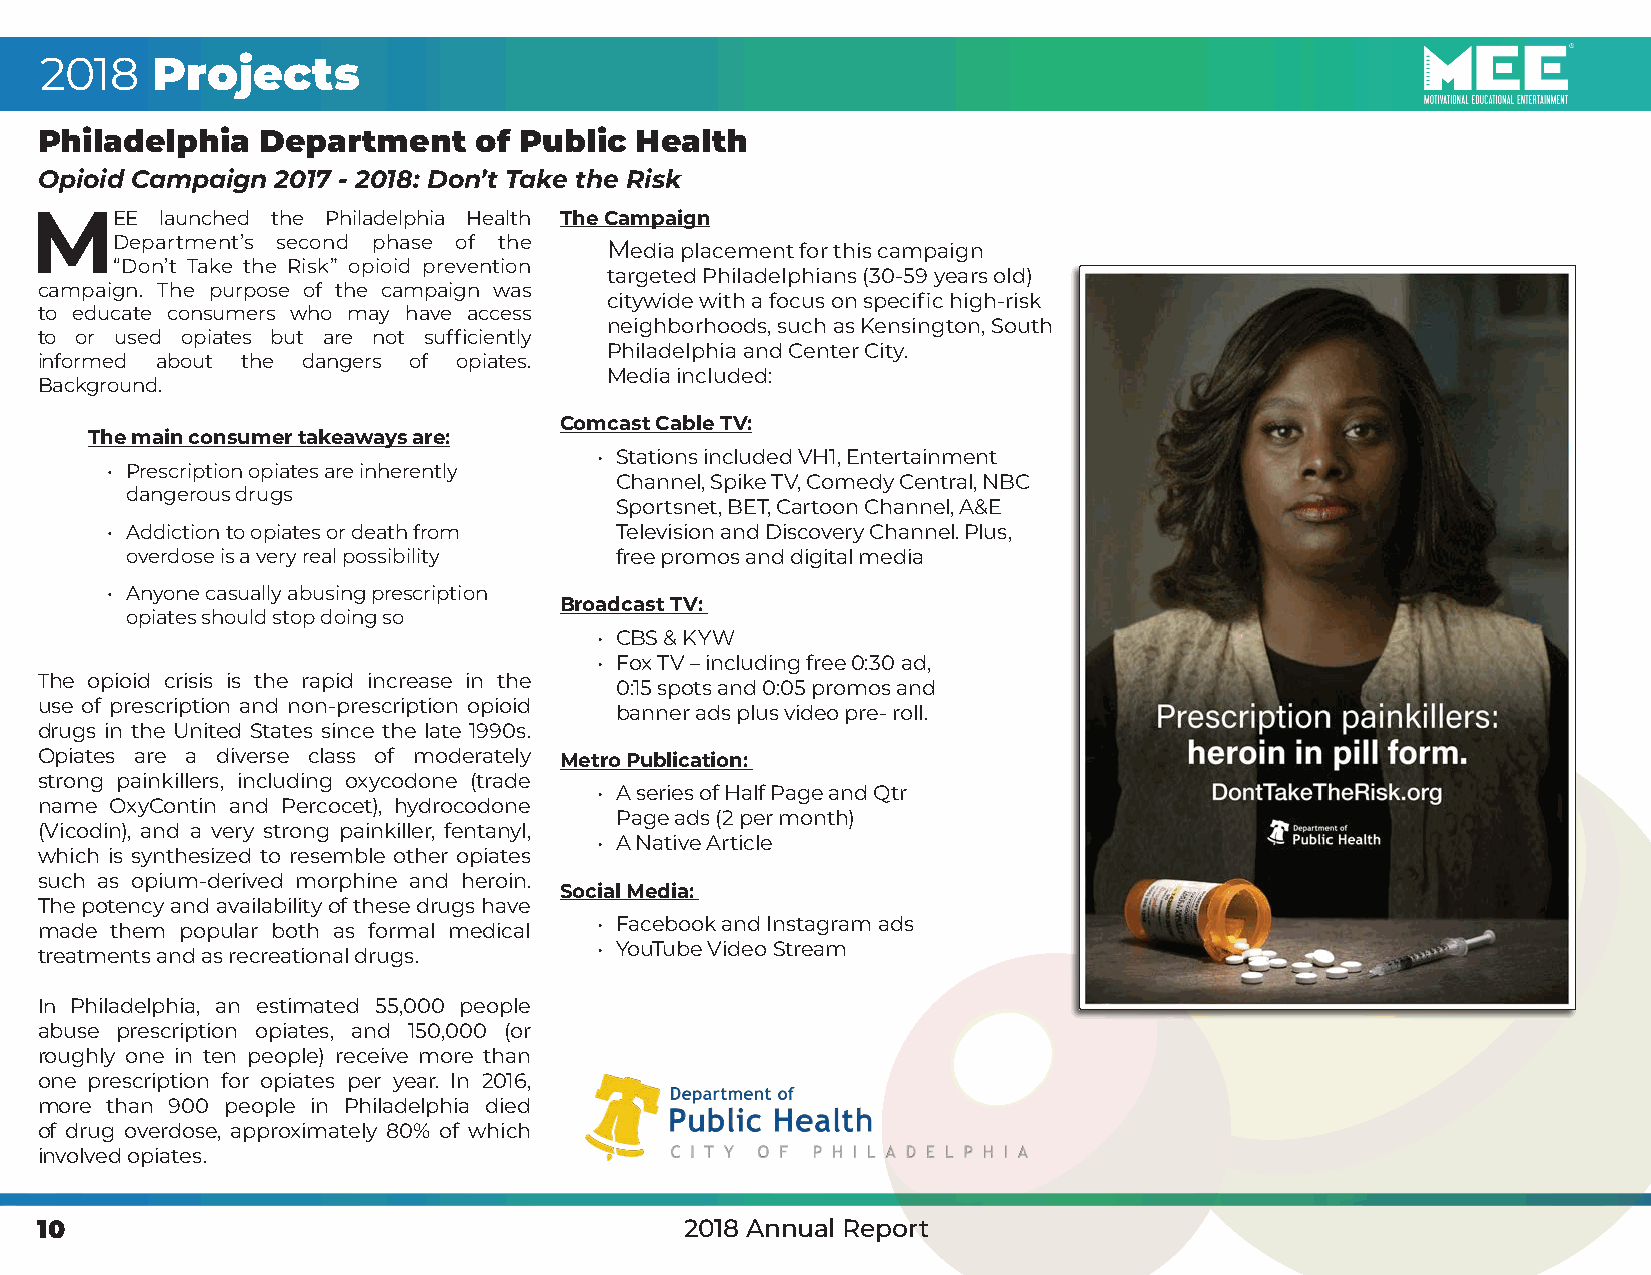
2018   Projects
 Philadelphia   Department    of Public  Health
 Opioid Campaign 2017 - 2018: Don’t Take the Risk
 MEE      launched the Philadelphia Health The Campaign
 Department’s second phase of the Media placement for this campaign
 “Don’t Take the Risk” opioid prevention
 targeted Philadelphians (30-59 years old)
 campaign. The purpose of the campaign was
 citywide with a focus on specific high-risk
 to educate consumers who may have access
 neighborhoods, such as Kensington, South
 to or used opiates but are not sufficiently
 Philadelphia and Center City.
 informed about the dangers of opiates.
 Media included:
 Background.
 Comcast Cable TV:
 The main consumer takeaways are:
 • Stations included VH1, Entertainment
 • Prescription opiates are inherently
 Channel, Spike TV, Comedy Central, NBC
 dangerous drugs
 Sportsnet, BET, Cartoon Channel, A&E
 • Addiction to opiates or death from Television and Discovery Channel. Plus,
 overdose is a very real possibility free promos and digital media
 • Anyone casually abusing prescription
 Broadcast TV:
 opiates should stop doing so
 • CBS & KYW
 • Fox TV – including free 0:30 ad,
 The opioid crisis is the rapid increase in the
 0:15 spots and 0:05 promos and
 use of prescription and non-prescription opioid
 banner ads plus video pre- roll.
 drugs in the United States since the late 1990s.
 Opiates are a diverse class of moderately Metro Publication:
 strong painkillers, including oxycodone (trade
 • A series of Half Page and Qtr
 name OxyContin and Percocet), hydrocodone
 Page ads (2 per month)
 (Vicodin), and a very strong painkiller, fentanyl,
 • A Native Article
 which is synthesized to resemble other opiates
 such as opium-derived morphine and heroin.
 Social Media:
 The potency and availability of these drugs have
 made them popular both as formal medical • Facebook and Instagram ads
 treatments and as recreational drugs. • YouTube Video Stream
 In Philadelphia, an estimated 55,000 people
 abuse prescription opiates, and 150,000 (or
 roughly one in ten people) receive more than
 one prescription for opiates per year. In 2016,
 more than 900 people in Philadelphia died
 of drug overdose, approximately 80% of which
 involved opiates.
 10                                         2018 Annual Report